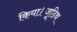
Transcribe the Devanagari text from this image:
किया।जूडिथ